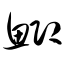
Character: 鲫